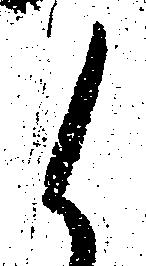
候